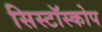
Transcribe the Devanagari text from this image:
सिस्टॉस्कोप